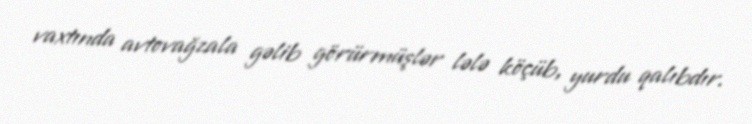
vaxtında avtovağzala gəlib görürmüşlər lələ köçüb, yurdu qalıbdır.